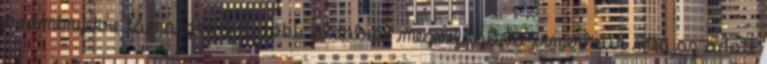
eredményekre támaszkodva több oldalról megvilágítva ismerhetik meg az adott